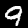
Digit: 9